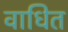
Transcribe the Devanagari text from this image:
वाधित